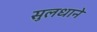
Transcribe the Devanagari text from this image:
सुलधाने